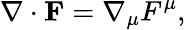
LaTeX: \nabla\cdot\mathbf{F}=\nabla_{\mu}F^{\mu},